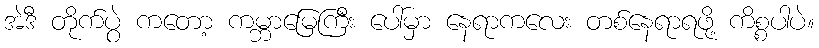
အဲဒီ တိုက်ပွဲ ကတော့ ကမ္ဘာမြေကြီး ပေါ်မှာ နေရာကလေး တစ်နေရာရဖို့ ကိစ္စပါပဲ။